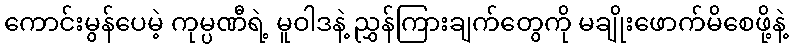
ကောင်းမွန်ပေမဲ့ ကုမ္ပဏီရဲ့ မူဝါဒနဲ့ ညွှန်ကြားချက်တွေကို မချိုးဖောက်မိစေဖို့နဲ့